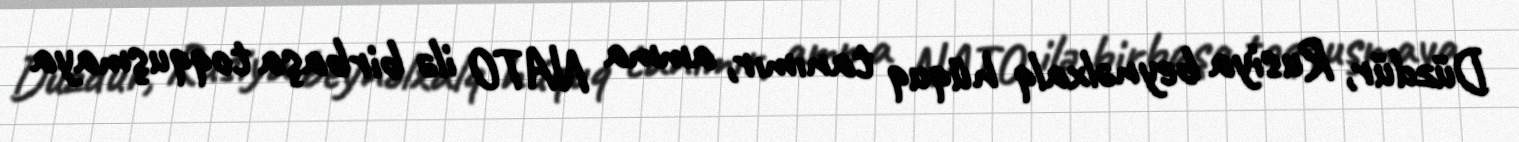
Düzdür, Rusiya beynəlxalq hüquq tanımır, amma NATO ilə birbaşa toqquşmaya